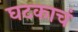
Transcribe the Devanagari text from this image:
घटकाचं